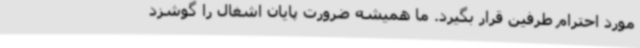
مورد احترام طرفین قرار بگیرد. ما همیشه ضرورت پایان اشغال را گوشزد